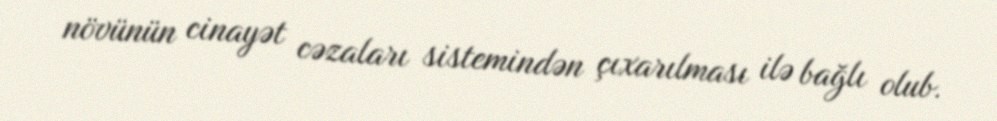
növünün cinayət cəzaları sistemindən çıxarılması ilə bağlı olub.